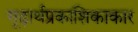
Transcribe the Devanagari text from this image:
गूढ़ार्थप्रकाशिकाकार